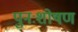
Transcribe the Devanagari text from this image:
पुनःशोषण